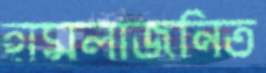
হামলাজনিত